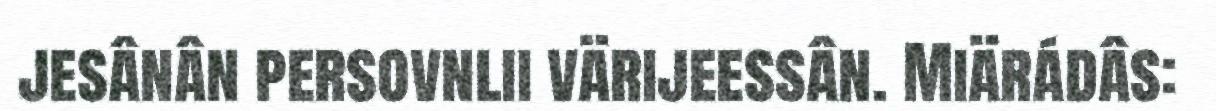
jesânân persovnlii värijeessân. Miärádâs: